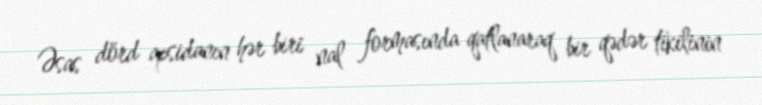
Əsas dörd apsidanın hər biri nal formasında qatlanaraq bir qədər tikilinin